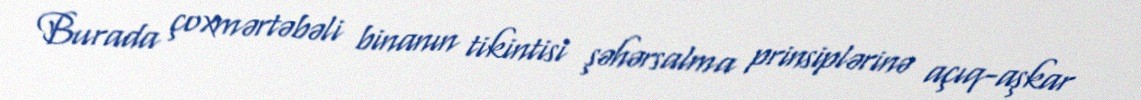
Burada çoxmərtəbəli binanın tikintisi şəhərsalma prinsiplərinə açıq-aşkar